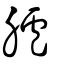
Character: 臚